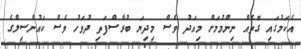
އެކަމުގައި ގޮތެއް ނިންމުމަށް މިއަދު ވެސް މިދިޔަ ބުރާސްފަތި ދުވަހު ވެސް ކައުންސިލްގެ